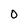
Character: O